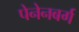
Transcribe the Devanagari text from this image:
पेनेनबर्ग